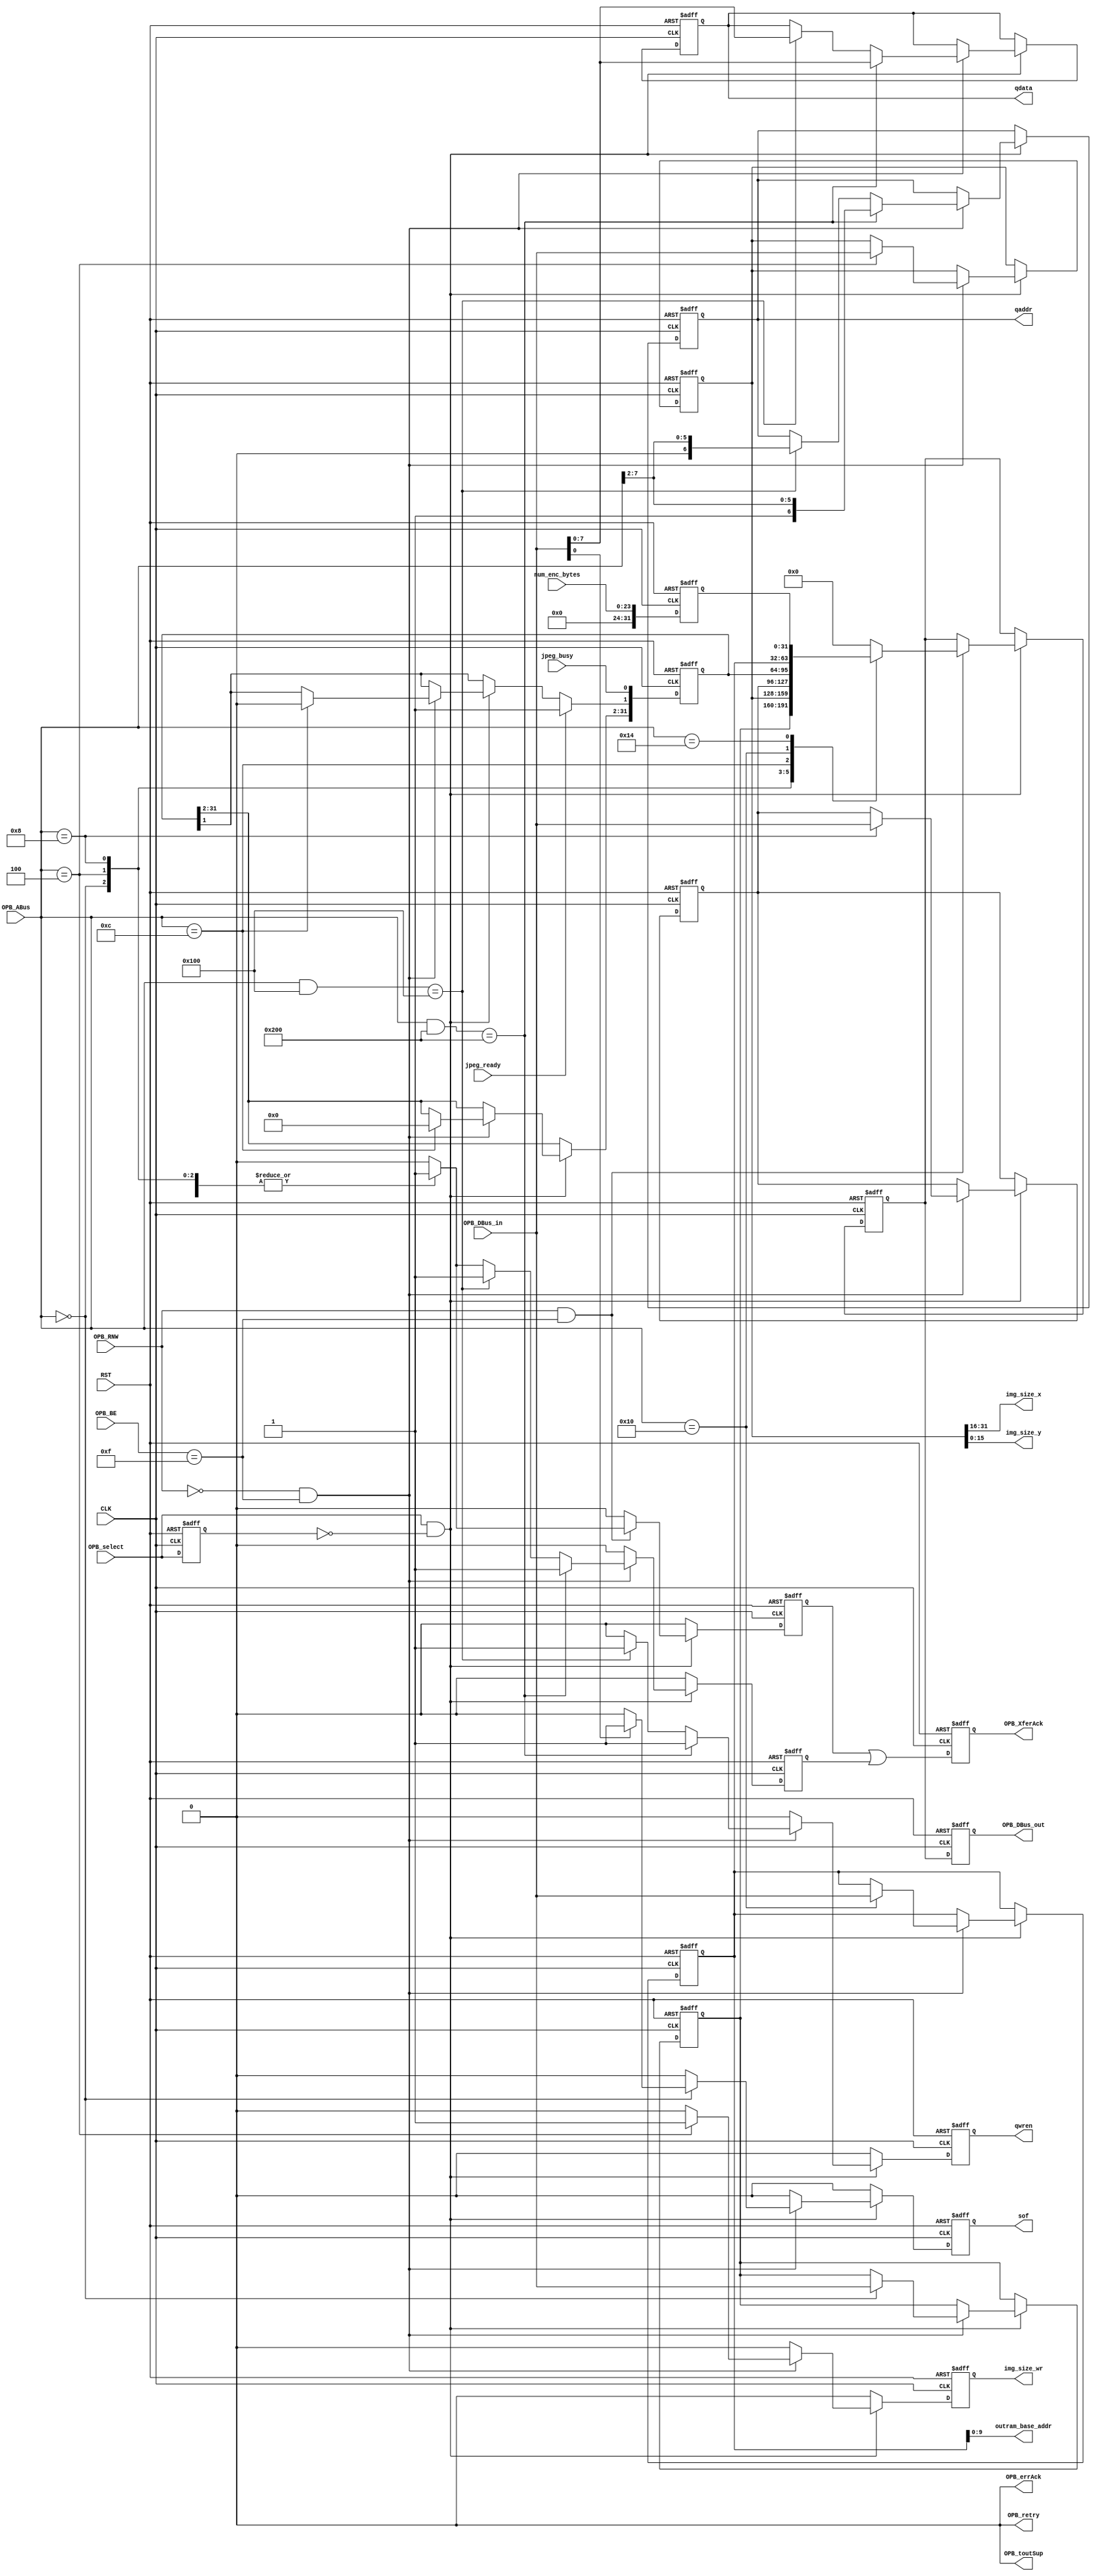
// File ../design/HostIF_c.vhd translated with vhd2vl v2.4 VHDL to Verilog RTL translator
// vhd2vl settings:
//  * Verilog Module Declaration Style: 2001

// vhd2vl is Free (libre) Software:
//   Copyright (C) 2001 Vincenzo Liguori - Ocean Logic Pty Ltd
//     http://www.ocean-logic.com
//   Modifications Copyright (C) 2006 Mark Gonzales - PMC Sierra Inc
//   Modifications (C) 2010 Shankar Giri
//   Modifications Copyright (C) 2002, 2005, 2008-2010 Larry Doolittle - LBNL
//     http://doolittle.icarus.com/~larry/vhd2vl/
//
//   vhd2vl comes with ABSOLUTELY NO WARRANTY.  Always check the resulting
//   Verilog for correctness, ideally with a formal verification tool.
//
//   You are welcome to redistribute vhd2vl under certain conditions.
//   See the license (GPLv2) file included with the source for details.

// The result of translation follows.  Its copyright status should be
// considered unchanged from the original VHDL.

//-----------------------------------------------------------------------------
//
// Project   : JPEG_ENC
//
// Module    : HostIF
//
// Content   : Host Interface (Xilinx OPB v2.1)
//
// Description : 
//
// Spec.     : 
//
//
//-----------------------------------------------------------------------------
// History :
// 20090301: (MK): Initial Creation.
//-----------------------------------------------------------------------------
// //////////////////////////////////////////////////////////////////////////////
// /// Copyright (c) 2013, Jahanzeb Ahmad
// /// All rights reserved.
// ///
// /// Redistribution and use in source and binary forms, with or without modification, 
// /// are permitted provided that the following conditions are met:
// ///
// ///  * Redistributions of source code must retain the above copyright notice, 
// ///    this list of conditions and the following disclaimer.
// ///  * Redistributions in binary form must reproduce the above copyright notice, 
// ///    this list of conditions and the following disclaimer in the documentation and/or 
// ///    other materials provided with the distribution.
// ///
// ///    THIS SOFTWARE IS PROVIDED BY THE COPYRIGHT HOLDERS AND CONTRIBUTORS "AS IS" AND ANY 
// ///    EXPRESS OR IMPLIED WARRANTIES, INCLUDING, BUT NOT LIMITED TO, THE IMPLIED WARRANTIES 
// ///    OF MERCHANTABILITY AND FITNESS FOR A PARTICULAR PURPOSE ARE DISCLAIMED. IN NO EVENT 
// ///    SHALL THE COPYRIGHT HOLDER OR CONTRIBUTORS BE LIABLE FOR ANY DIRECT, INDIRECT, 
// ///    INCIDENTAL, SPECIAL, EXEMPLARY, OR CONSEQUENTIAL DAMAGES (INCLUDING, BUT NOT 
// ///    LIMITED TO, PROCUREMENT OF SUBSTITUTE GOODS OR SERVICES; LOSS OF USE, DATA, OR 
// ///    PROFITS; OR BUSINESS INTERRUPTION) HOWEVER CAUSED AND ON ANY THEORY OF LIABILITY, 
// ///    WHETHER IN CONTRACT, STRICT LIABILITY, OR TORT (INCLUDING NEGLIGENCE OR OTHERWISE) 
// ///    ARISING IN ANY WAY OUT OF THE USE OF THIS SOFTWARE, EVEN IF ADVISED OF THE 
// ///   POSSIBILITY OF SUCH DAMAGE.
// ///
// ///
// ///  * http://opensource.org/licenses/MIT
// ///  * http://copyfree.org/licenses/mit/license.txt
// ///
// //////////////////////////////////////////////////////////////////////////////
// no timescale needed

module HostIF
(
 input wire 	    CLK,
 input wire 	    RST,
 
 input wire [31:0]  OPB_ABus,
 input wire [3:0]   OPB_BE,
 input wire [31:0]  OPB_DBus_in,
 input wire 	    OPB_RNW,
 input wire 	    OPB_select,
 output reg [31:0]  OPB_DBus_out,
 output reg 	    OPB_XferAck,
 output wire 	    OPB_retry,
 output wire 	    OPB_toutSup,
 output wire 	    OPB_errAck,

 output reg [7:0]   qdata,
 output reg [6:0]   qaddr,
 output reg 	    qwren,
 input wire 	    jpeg_ready,
 input wire 	    jpeg_busy,
 output wire [9:0]  outram_base_addr,
 input wire [23:0]  num_enc_bytes,
 output wire [15:0] img_size_x,
 output wire [15:0] img_size_y,
 output reg 	    img_size_wr,
 output reg 	    sof
);

    // OPB
    // Quantizer RAM
    // CTRL
    // ByteStuffer
    // others        

    // @todo: verify these constants, some converted funky?
    parameter C_ENC_START_REG        = 32'h0000_0000;
    parameter C_IMAGE_SIZE_REG       = 32'h0000_0004;
    parameter C_IMAGE_RAM_ACCESS_REG = 32'h0000_0008;
    parameter C_ENC_STS_REG          = 32'h0000_000C;
    parameter C_COD_DATA_ADDR_REG    = 32'h0000_0010;
    parameter C_ENC_LENGTH_REG       = 32'h0000_0014;
    parameter C_QUANTIZER_RAM_LUM    = 32'h0000_0100; 
    parameter C_QUANTIZER_RAM_CHR    = 32'h0000_0200; 
    //parameter C_IMAGE_RAM            = 32'h0010_0000; 
    parameter C_IMAGE_RAM_BASE       = 32'h0010_0000;
    
    reg [31:0] enc_start_reg;
    reg [31:0] image_size_reg;
    reg [31:0] image_ram_access_reg;
    reg [31:0] enc_sts_reg;
    reg [31:0] cod_data_addr_reg;
    reg [31:0] enc_length_reg;
    reg        rd_dval;
    reg [31:0] data_read;
    reg        write_done;
    reg        OPB_select_d;  

    //-----------------------------------------------------------------------------
    // Architecture: begin
    //-----------------------------------------------------------------------------
    
    assign OPB_retry = 1'b0;
    assign OPB_toutSup = 1'b0;
    assign OPB_errAck = 1'b0;
    assign img_size_x = image_size_reg[31:16];
    assign img_size_y = image_size_reg[15:0];
    assign outram_base_addr = cod_data_addr_reg[9:0];
    
    //-----------------------------------------------------------------
    // OPB read
    //-----------------------------------------------------------------
    always @(posedge CLK or posedge RST) begin
	if(RST == 1'b1) begin
	    OPB_DBus_out <= {32{1'b0}};
	    rd_dval <= 1'b0;
	    data_read <= {32{1'b0}};
        end 
	else begin
	    rd_dval <= 1'b0;
	    OPB_DBus_out <= data_read;
	    if(OPB_select == 1'b 1 && OPB_select_d == 1'b0) begin
		// only double word transactions are be supported
		if(OPB_RNW == 1'b 1 && OPB_BE == 4'hF) begin
		    case(OPB_ABus)
		      C_ENC_START_REG : begin
			  data_read <= enc_start_reg;
			  rd_dval <= 1'b1;
		      end
		      C_IMAGE_SIZE_REG : begin
			  data_read <= image_size_reg;
			  rd_dval <= 1'b1;
		      end
		      C_IMAGE_RAM_ACCESS_REG : begin
			  data_read <= image_ram_access_reg;
			  rd_dval <= 1'b1;
		      end
		      C_ENC_STS_REG : begin
			  data_read <= enc_sts_reg;
			  rd_dval <= 1'b1;
		      end
		      C_COD_DATA_ADDR_REG : begin
			  data_read <= cod_data_addr_reg;
			  rd_dval <= 1'b1;
		      end
		      C_ENC_LENGTH_REG : begin
			  data_read <= enc_length_reg;
			  rd_dval <= 1'b1;
		      end
		      default : begin
			  data_read <= {32{1'b0}};
		      end
		    endcase
		end
	    end
	end
    end
    
    //-----------------------------------------------------------------
    // OPB write
    //-----------------------------------------------------------------
    always @(posedge CLK or posedge RST) begin
	if(RST == 1'b1) begin
	    qwren <= 1'b0;
	    write_done <= 1'b0;
	    enc_start_reg <= {32{1'b0}};
	    image_size_reg <= {32{1'b0}};
	    image_ram_access_reg <= {32{1'b0}};
	    enc_sts_reg <= {32{1'b0}};
	    cod_data_addr_reg <= {32{1'b0}};
	    enc_length_reg <= {32{1'b0}};
	    qdata <= {8{1'b0}};
	    qaddr <= {7{1'b0}};
	    OPB_select_d <= 1'b0;
	    sof <= 1'b0;
	    img_size_wr <= 1'b0;
	end 
	else begin
	    qwren <= 1'b0;
	    write_done <= 1'b0;
	    sof <= 1'b0;
	    img_size_wr <= 1'b0;
	    OPB_select_d <= OPB_select;
	    if(OPB_select == 1'b1 && OPB_select_d == 1'b0) begin
		// only double word transactions are be supported
		if(OPB_RNW == 1'b0 && OPB_BE == 4'hF) begin
		    case(OPB_ABus)
		      C_ENC_START_REG : begin
			  enc_start_reg <= OPB_DBus_in;
			  write_done <= 1'b 1;
			  if(OPB_DBus_in[0] == 1'b1) begin
			      sof <= 1'b 1;
			  end
		      end
		      C_IMAGE_SIZE_REG : begin
			  image_size_reg <= OPB_DBus_in;
			  img_size_wr <= 1'b1;
			  write_done <= 1'b1;
		      end
		      C_IMAGE_RAM_ACCESS_REG : begin
			  image_ram_access_reg <= OPB_DBus_in;
			  write_done <= 1'b1;
		      end
		      C_ENC_STS_REG : begin
			  enc_sts_reg <= {32{1'b0}};
			  write_done <= 1'b1;
		      end
		      C_COD_DATA_ADDR_REG : begin
			  cod_data_addr_reg <= OPB_DBus_in;
			  write_done <= 1'b1;
		      end
		      C_ENC_LENGTH_REG : begin
			  //enc_length_reg <= OPB_DBus_in;
			  write_done <= 1'b1;
		      end
		      default : begin
		      end
		    endcase
		    
		    if ((OPB_ABus & C_QUANTIZER_RAM_LUM) == C_QUANTIZER_RAM_LUM) begin
			qdata <= OPB_DBus_in;
			qaddr <= {1'b0, OPB_ABus[7:2]};
			qwren <= 1'b1;
			write_done <= 1'b1;
		    end

		    if ((OPB_ABus & C_QUANTIZER_RAM_CHR) == C_QUANTIZER_RAM_CHR) begin
			qdata <= OPB_DBus_in;
			qaddr <= {1'b1, OPB_ABus[7:2]};
			qwren <= 1'b1;
			write_done <= 1'b1;
		    end
		end
	    end
	    // special handling of status reg
	    if(jpeg_ready == 1'b1) begin
		// set jpeg done flag
		enc_sts_reg[1] <= 1'b1;
	    end
	    enc_sts_reg[0] <= jpeg_busy;
	    enc_length_reg <= {32{1'b0}};
	    enc_length_reg[23:0] <= num_enc_bytes;
	end
    end
    
    //-----------------------------------------------------------------
    // transfer ACK
    //-----------------------------------------------------------------
    always @(posedge CLK or posedge RST) begin
	if(RST == 1'b1) begin
	    OPB_XferAck <= 1'b0;
	end 
	else begin
	    OPB_XferAck <= rd_dval | write_done;
	end
    end
    

endmodule